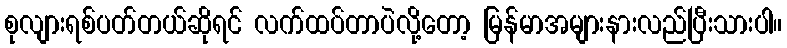
စုလျားရစ်ပတ်တယ်ဆိုရင် လက်ထပ်တာပဲလို့တော့ မြန်မာအများနားလည်ပြီးသားပါ။